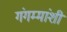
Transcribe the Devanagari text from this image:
गंगम्मांशी